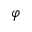
\varphi